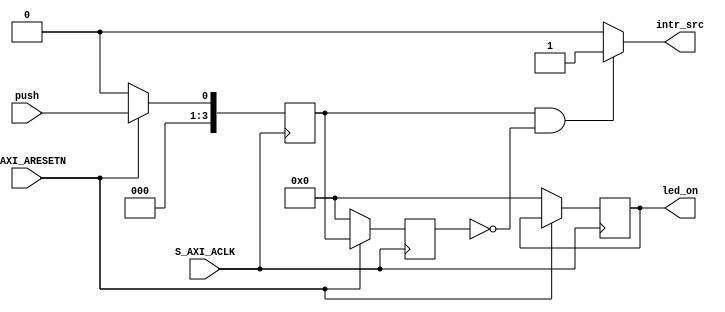
module debounce(
    S_AXI_ACLK,
    S_AXI_ARESETN,
    push,
    led_on,
    intr_src
);
    
input 	S_AXI_ACLK;
input	S_AXI_ARESETN;
input	push;
output [3:0] led_on;
output	intr_src;

reg [3:0] cnt_push;
reg [3:0] temp;
reg [3:0] temp1;

reg intr_temp;

always @(posedge S_AXI_ACLK) begin
    if (S_AXI_ARESETN == 1'b0) begin
        temp <= 1'b0;
	temp1 <= 1'b0;
	cnt_push <= 4'h0;
    end
    else begin
        temp <= push;
	temp1 <= temp;                   
    end
end



assign intr_src = ( temp && !temp1 )? 1'b1: 1'b0 ;
assign led_on = cnt_push;

endmodule